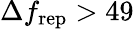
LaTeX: \Delta f_{\mathrm{rep}}>49